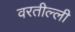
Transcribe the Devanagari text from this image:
वरतील्ली